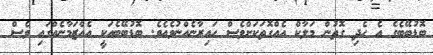
ބޮޑުބޭބެގެ އެ ހެދި ގޮތުން މަލާކް އެއްގޮތަކަށްވެސް ޙައިރާނެއްނުވެއެވެ. ބޮޑުބޭބެއަކީ އެއްޒަމާނެއްގައި ވެސް